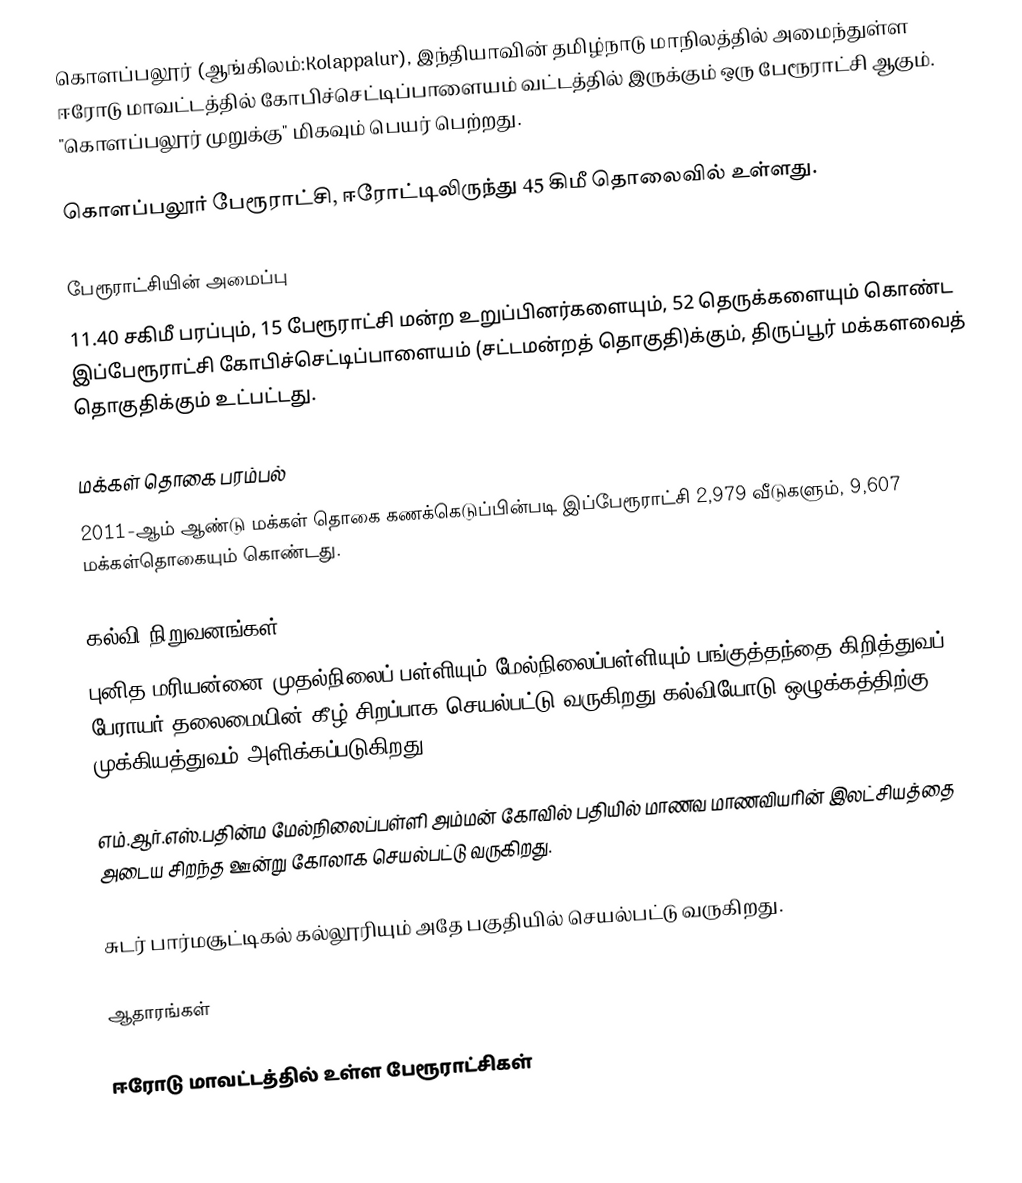
கொளப்பலூர் (ஆங்கிலம்:Kolappalur), இந்தியாவின் தமிழ்நாடு மாநிலத்தில் அமைந்துள்ள ஈரோடு மாவட்டத்தில் கோபிச்செட்டிப்பாளையம் வட்டத்தில் இருக்கும் ஒரு பேரூராட்சி ஆகும்.  "கொளப்பலூர் முறுக்கு"  மிகவும் பெயர் பெற்றது.

கொளப்பலூர் பேரூராட்சி, ஈரோட்டிலிருந்து 45 கிமீ தொலைவில் உள்ளது.

பேரூராட்சியின் அமைப்பு
11.40 சகிமீ பரப்பும்,  15 பேரூராட்சி மன்ற  உறுப்பினர்களையும்,      52 தெருக்களையும் கொண்ட இப்பேரூராட்சி கோபிச்செட்டிப்பாளையம்   (சட்டமன்றத் தொகுதி)க்கும், திருப்பூர் மக்களவைத் தொகுதிக்கும் உட்பட்டது.

மக்கள் தொகை பரம்பல்
2011-ஆம் ஆண்டு மக்கள் தொகை கணக்கெடுப்பின்படி  இப்பேரூராட்சி     2,979   வீடுகளும்,   9,607 மக்கள்தொகையும் கொண்டது.

கல்வி நிறுவனங்கள்
புனித மரியன்னை முதல்நிலைப் பள்ளியும் மேல்நிலைப்பள்ளியும் பங்குத்தந்தை கிறித்துவப் பேராயர் தலைமையின் கீழ் சிறப்பாக செயல்பட்டு வருகிறது.கல்வியோடு ஒழுக்கத்திற்கு முக்கியத்துவம் அளிக்கப்படுகிறது.

எம்.ஆர்.எஸ்.பதின்ம மேல்நிலைப்பள்ளி அம்மன் கோவில் பதியில் மாணவ மாணவியரின் இலட்சியத்தை அடைய சிறந்த ஊன்று கோலாக செயல்பட்டு வருகிறது.

சுடர் பார்மசூட்டிகல் கல்லூரியும் அதே பகுதியில் செயல்பட்டு வருகிறது.

ஆதாரங்கள்

ஈரோடு மாவட்டத்தில் உள்ள பேரூராட்சிகள்